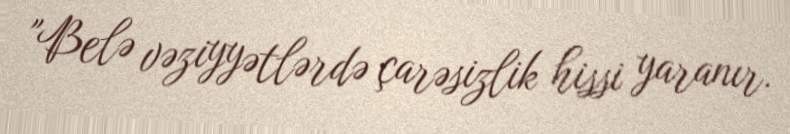
"Belə vəziyyətlərdə çarəsizlik hissi yaranır.